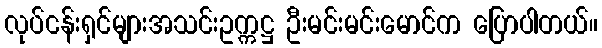
လုပ်ငန်းရှင်များအသင်းဥက္ကဋ္ဌ ဦးမင်းမင်းမောင်က ပြောပါတယ်။